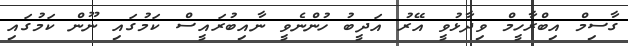
ގާސިމް އިބްރާހީމް ވިދާޅުވީ އޭރު އަދީބު ހުންނެވީ ނާއިބުރައީސް ކަމުގައި ނޫން ކަމުގައި